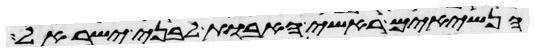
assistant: הנשיאים ראשי האבות לבני ישראל